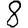
Digit: 8